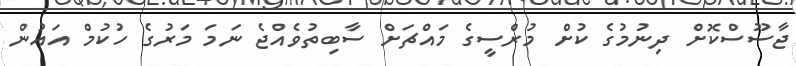
ޖާސޫސްކޮށް ދިނުމުގެ ކުށް މުރްސީގެ މައްޗަށް ސާބިތުވެއްޖެ ނަމަ މަރުގެ ހުކުމް އަައުން